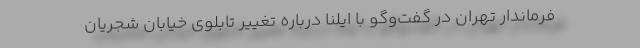
فرماندار تهران در گفت‌وگو با ایلنا درباره تغییر تابلوی خیابان شجریان